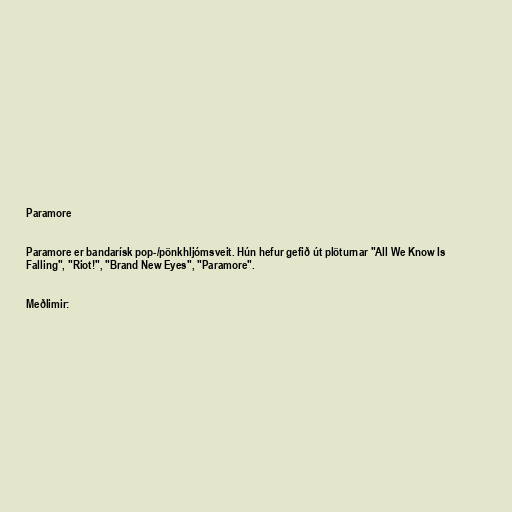
Paramore

Paramore er bandarísk pop-/pönkhljómsveit. Hún hefur gefið út plöturnar "All We Know Is
Falling", "Riot!", "Brand New Eyes", "Paramore".

Meðlimir: